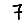
Digit: 7